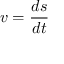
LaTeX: v = { \frac { d s } { d t } }